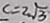
c = 2 \sqrt { 3 }